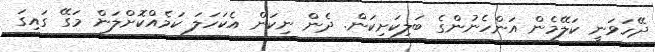
ދޭހަވަނީ ކަލޭމެން އަންހެނުންގެ ބަލިކަށިކަން. ދެން ނިކަން އެކަހަލަ ކަމެއްކޮށްލަން މަގޭ ގައިގަ